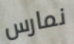
نمارس